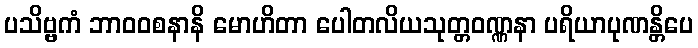
ပသိဗ္ဗကံ ဘာဝဝစနာနိ မောဟိတာ ပေါတလိယသုတ္တဝဏ္ဏနာ ပရိယာပုဏန္တိပေ